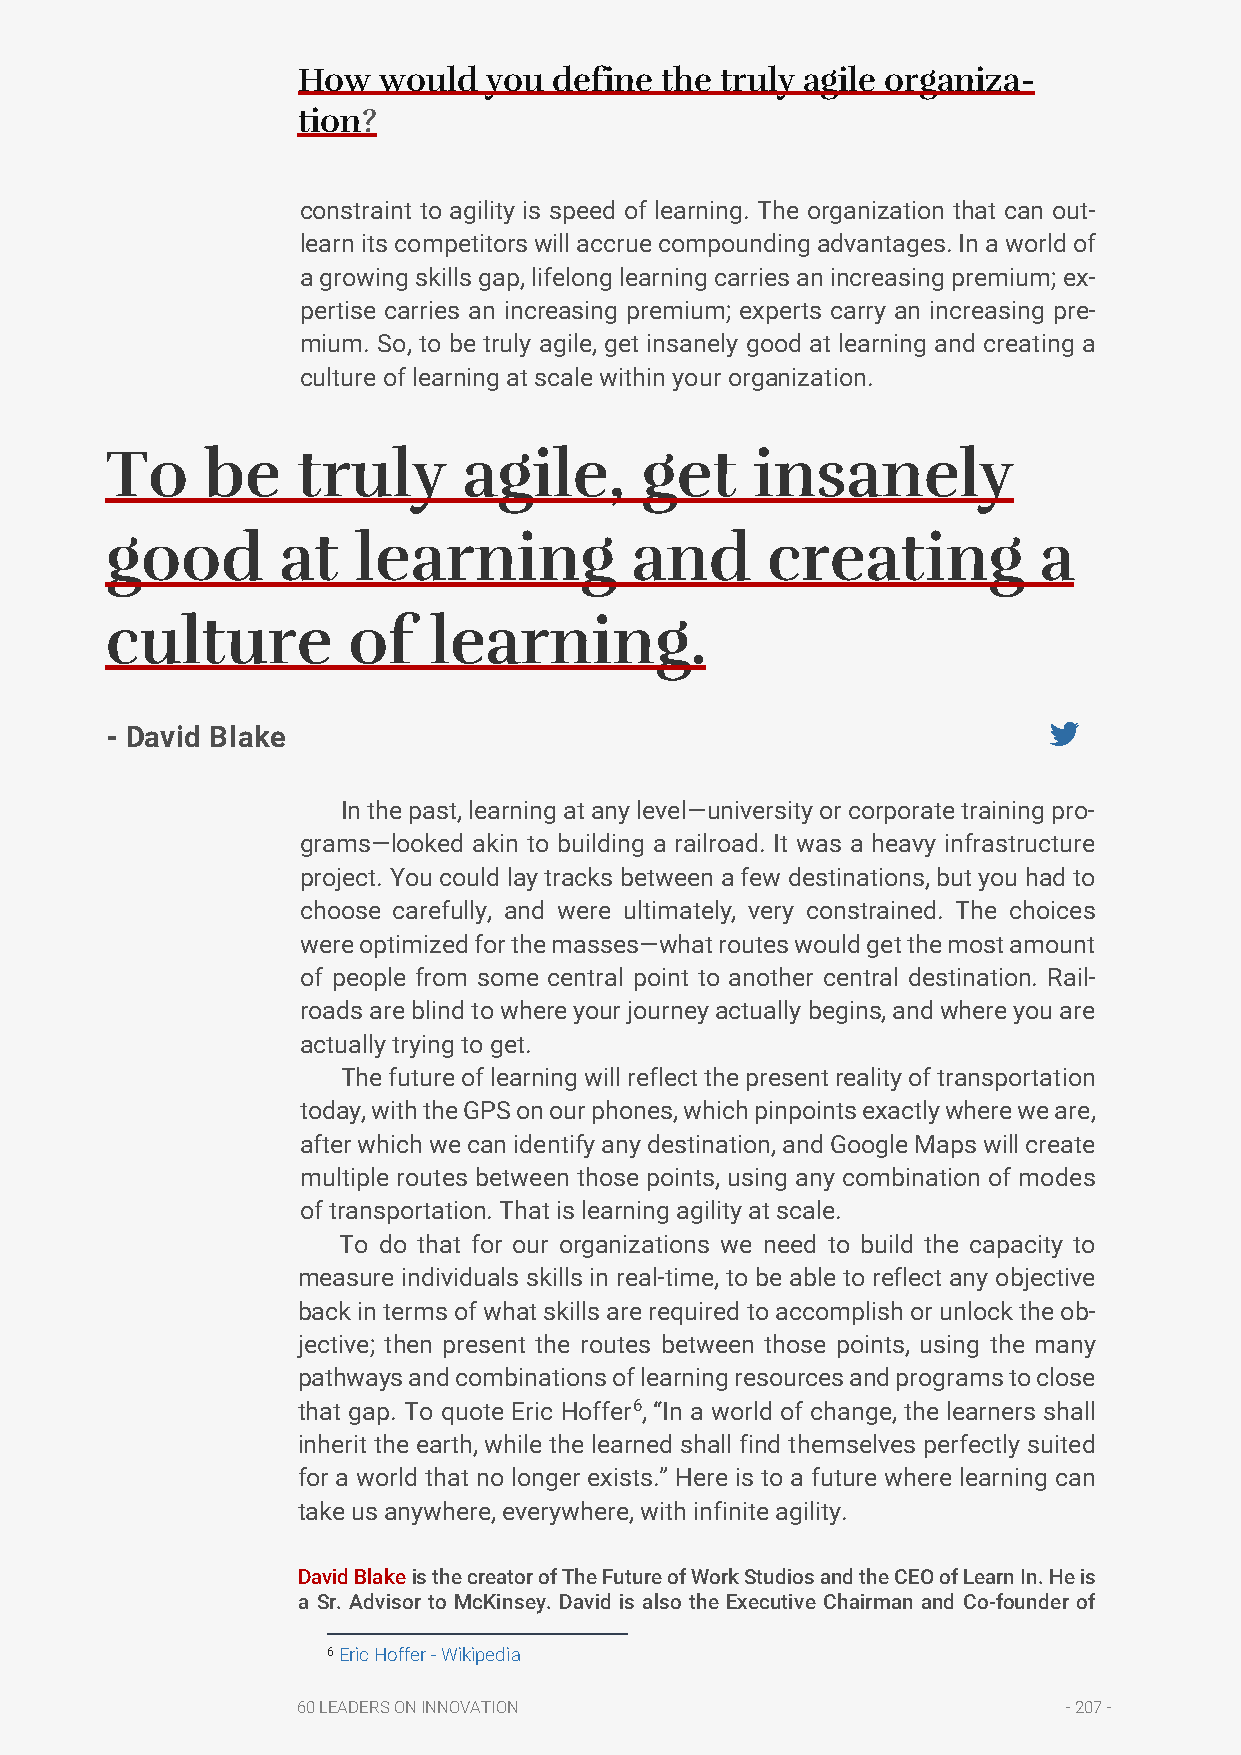
How  would  you  define the truly agile organiza-
 tion?
 constraint to agility is speed of learning. The organization that can out-
 learn its competitors will accrue compounding advantages. In a world of
 a growing skills gap, lifelong learning carries an increasing premium; ex-
 pertise carries an increasing premium; experts carry an increasing pre-
 mium. So, to be truly agile, get insanely good at learning and creating a
 culture of learning at scale within your organization.
 To     be    truly      agile,     get     insanely
 good       at   learning           and      creating          a
 culture         of   learning.
 - David Blake
 In the past, learning at any level—university or corporate training pro-
 grams—looked akin to building a railroad. It was a heavy infrastructure
 project. You could lay tracks between a few destinations, but you had to
 choose carefully, and were ultimately, very constrained. The choices
 were optimized for the masses—what routes would get the most amount
 of people from some central point to another central destination. Rail-
 roads are blind to where your journey actually begins, and where you are
 actually trying to get.
 The future of learning will reflect the present reality of transportation
 today, with the GPS on our phones, which pinpoints exactly where we are,
 after which we can identify any destination, and Google Maps will create
 multiple routes between those points, using any combination of modes
 of transportation. That is learning agility at scale.
 To do that for our organizations we need to build the capacity to
 measure individuals skills in real-time, to be able to reflect any objective
 back in terms of what skills are required to accomplish or unlock the ob-
 jective; then present the routes between those points, using the many
 pathways and combinations of learning resources and programs to close
 that gap. To quote Eric Hoffer6, “In a world of change, the learners shall
 inherit the earth, while the learned shall find themselves perfectly suited
 for a world that no longer exists.” Here is to a future where learning can
 take us anywhere, everywhere, with infinite agility.
 David Blake is the creator of The Future of Work Studios and the CEO of Learn In. He is
 a Sr. Advisor to McKinsey. David is also the Executive Chairman and Co-founder of
 6 Eric Hoffer - Wikipedia
 60 LEADERS ON INNOVATION                           - 207 -